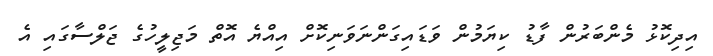
އިދިކޮޅު މެންބަރުން ފާޑު ކިޔަމުން ވަޑައިގަންނަވަނިކޮށް އިއްޔެ އޮތް މަޖިލީހުގެ ޖަލްސާގައި އެ